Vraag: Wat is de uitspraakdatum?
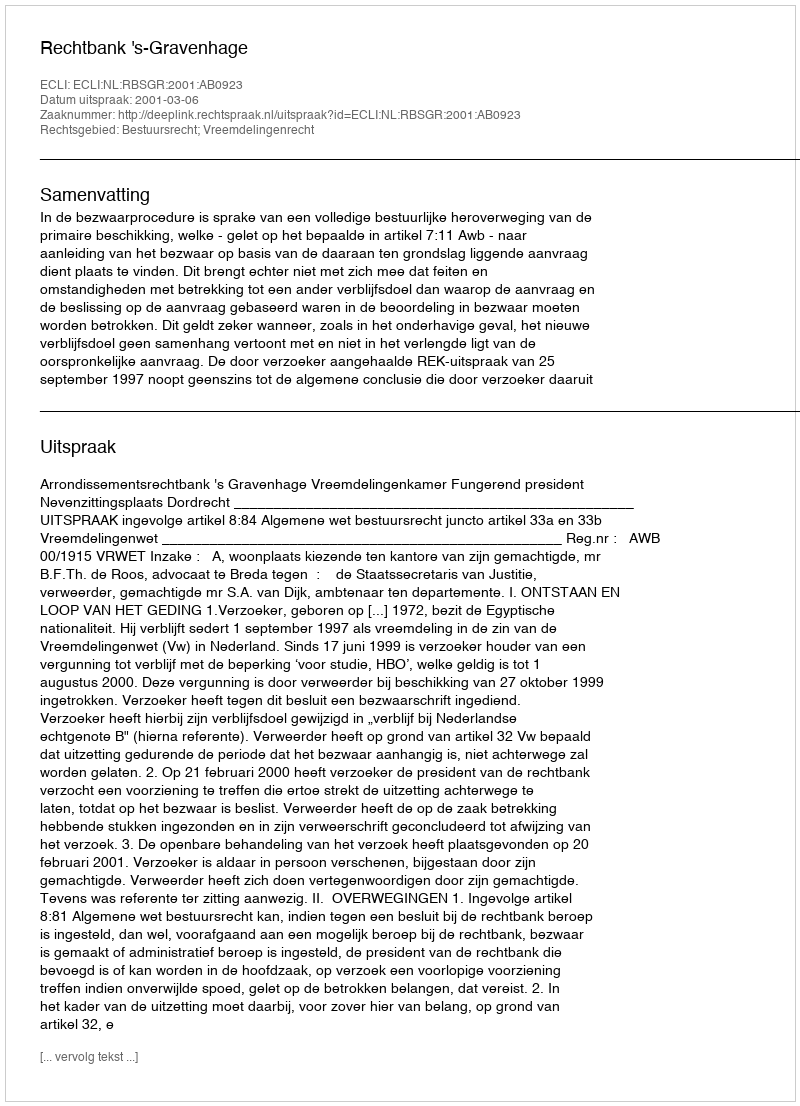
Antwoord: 2001-03-06